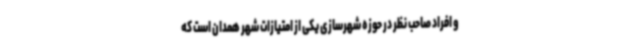
و افراد صاحب نظر در حوزه شهرسازی یکی از امتیازات شهر همدان است که